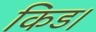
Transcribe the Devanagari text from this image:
किड।